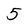
Character: 5